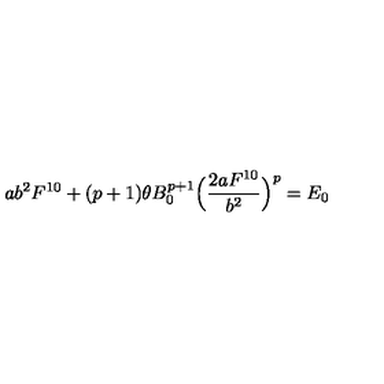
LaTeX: a b ^ { 2 } F ^ { 1 0 } + ( p + 1 ) \theta B _ { 0 } ^ { p + 1 } \Bigl ( \frac { 2 a F ^ { 1 0 } } { b ^ { 2 } } \Bigr ) ^ { p } = E _ { 0 }